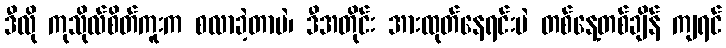
ဒီလို ကုသိုလ်စိတ်ကူးက စလာခဲ့တာပဲ၊ ဒီအတိုင်း အားထုတ်နေရင်းပဲ တစ်နေ့တစ်ချိန် ကျရင်